Kominterni_Eesti_sektsioon_Moskvas, lk 11
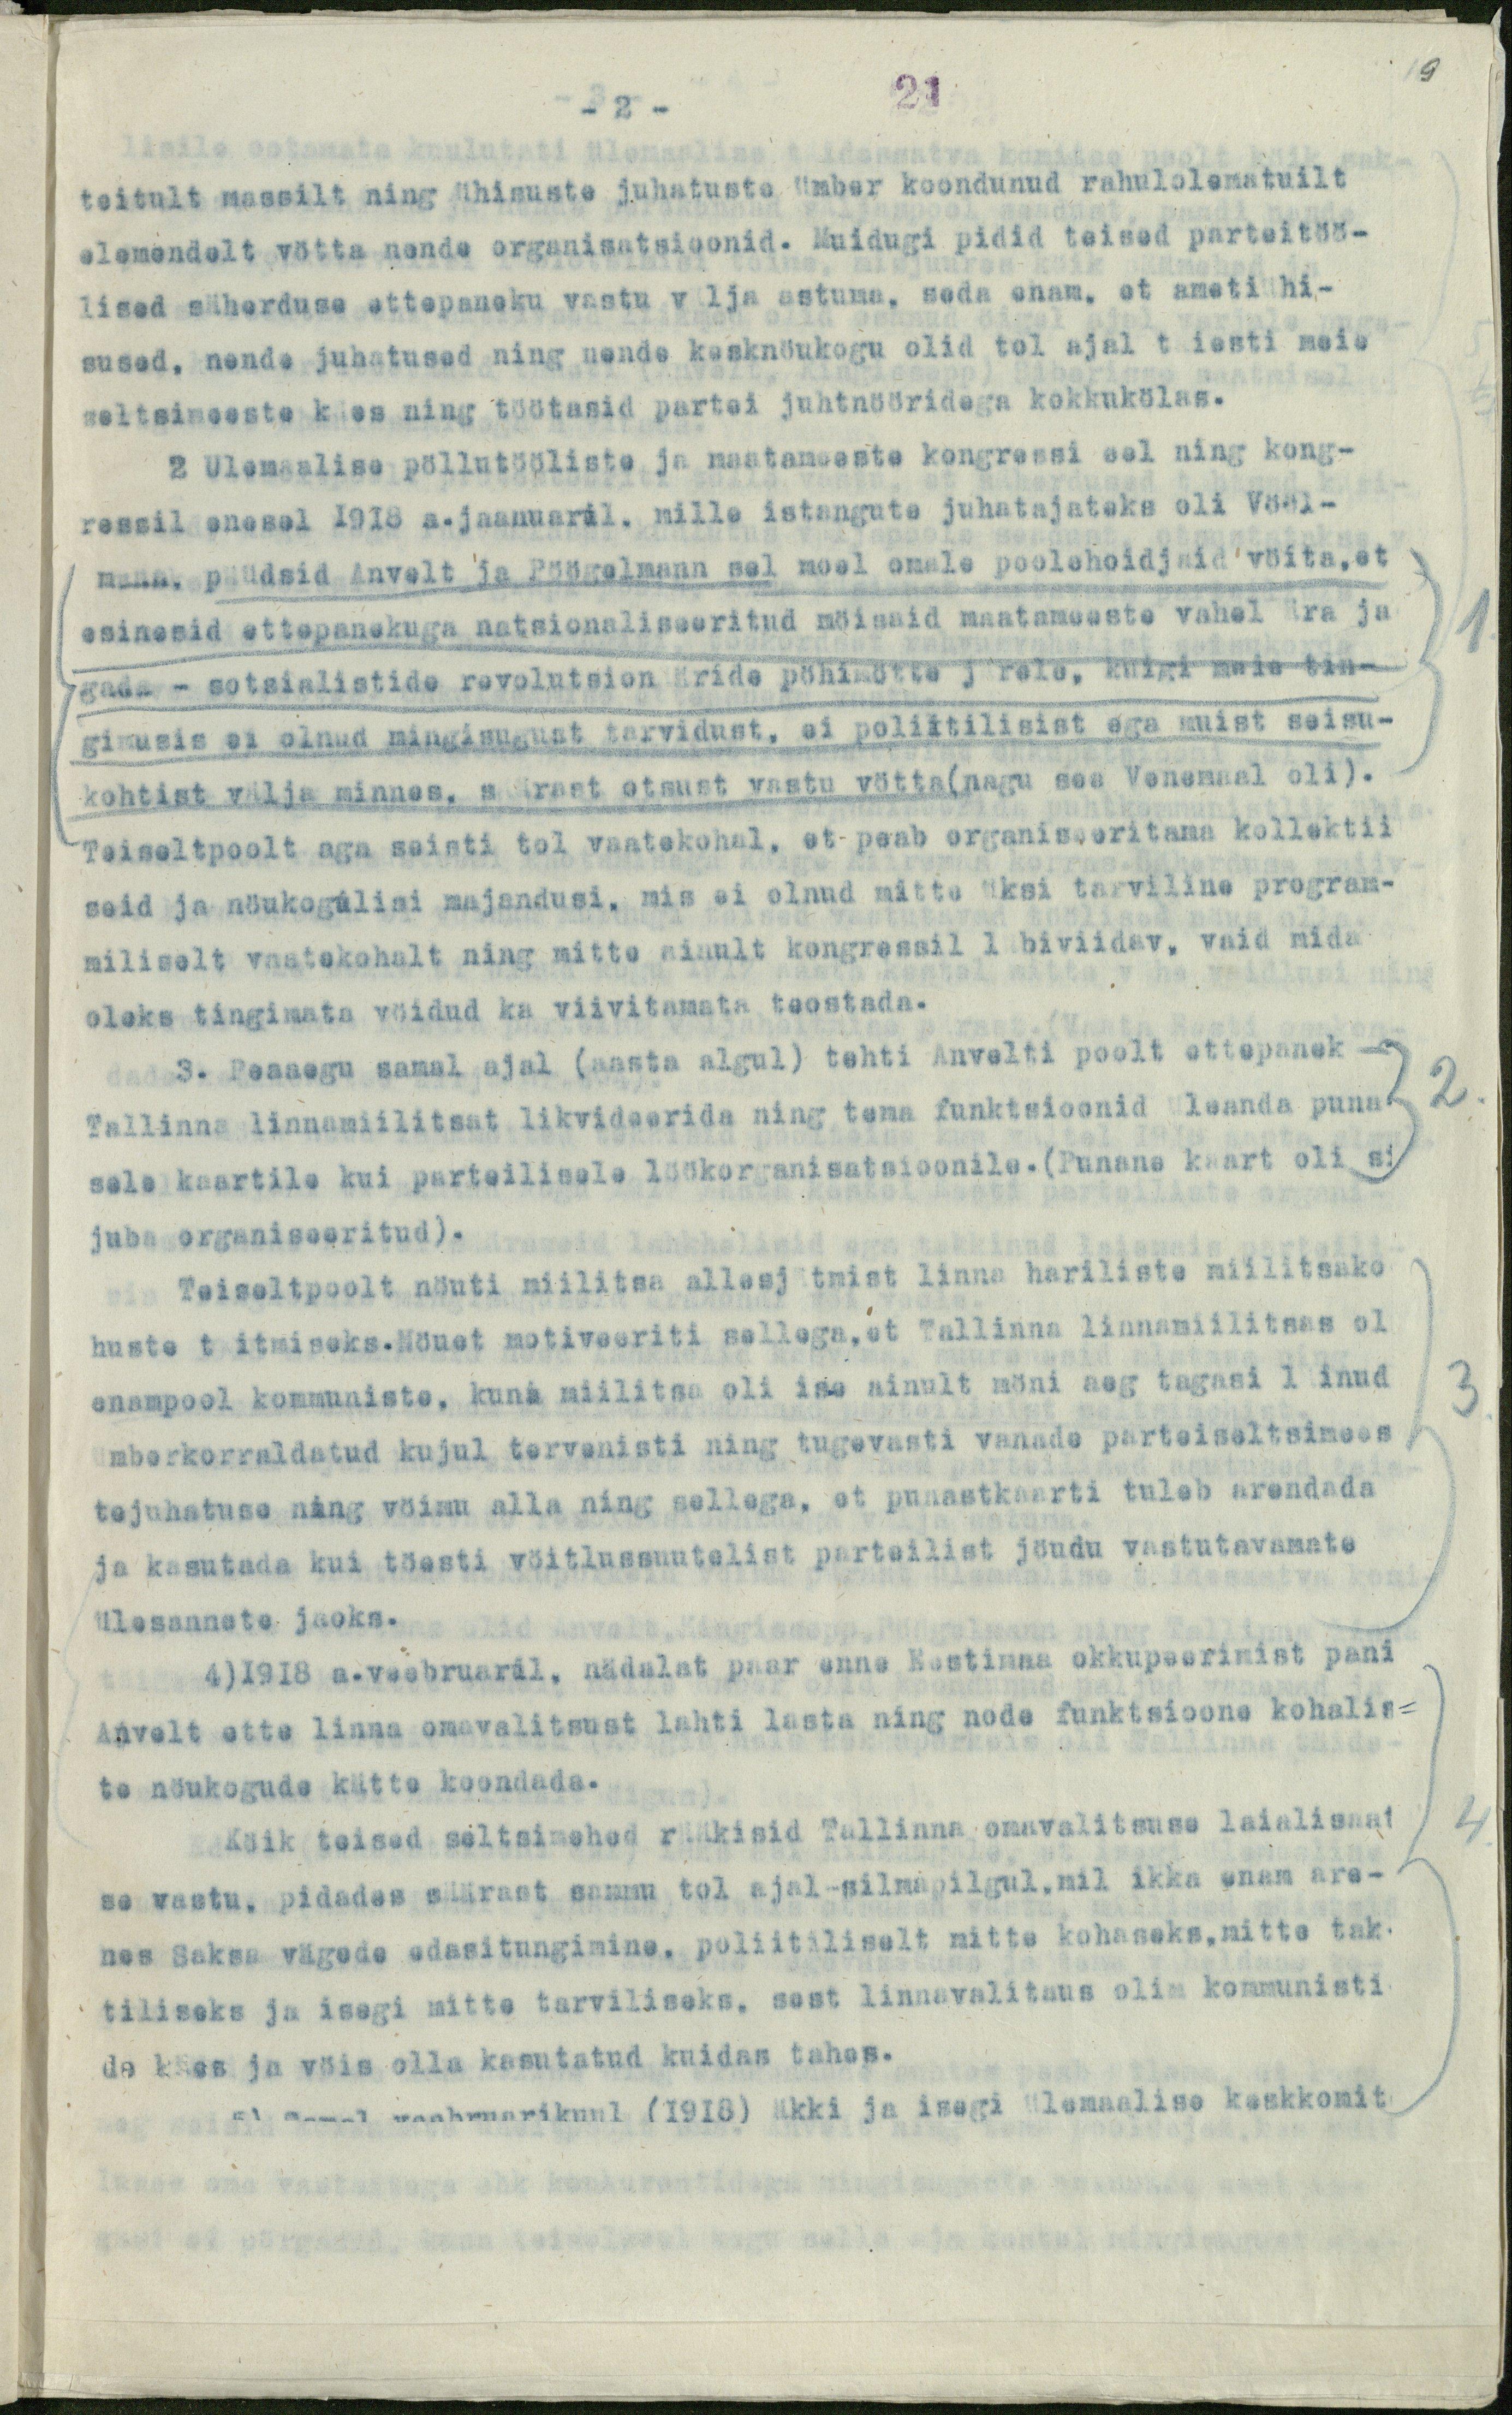
9

21
- 2 -
teitult massilt ning ühisuste juhatuste ümber koondunud rahulolematuilt
elemendelt vötta nende organisatsioonid. Muidugi pidid teised parteitöö-
lised säherduse ettepaneku vastu välja astuma, seda enam, et ametiühi-
sused, nende juhatused ning nende kesknöukogu olid tol ajal täesti meie
seltsimeeste käes ning töötasid partei juhtnööridega kokkukölas.
2 Ulemaalise pöllutööliste ja maatameeste kongressi eel ning kong-
ressil enesel 1918 a.jaanuaril. mille istangute juhatajateks oli Vööl-
mann, püüdsid Anvelt ja Pöögelmann sel moel omale poolehoidjaid vöita, et
esinesid ettepanekuga natsionaliseeritud möisaid maatameeste vahel ära ja
gada - sotsialistide revolutsionääride pöhimötte järele, kuigi neis tin-
gimusis ei olnud mingisugust tarvidust, ei poliitilisist ega muist seisu-
kohtist välja minnes, säärast otsust vastu vötta(nagu see Venemaal oli).
Teiseltpoolt aga seisti tol vaatekohal, et peab organiseeritama kollektii-
seid ja nöukogulisi majandusi, mis ei olnud mitte üksi tarviline program-
miliselt vaatekohalt ning mitte ainult kongressil läbiviidav, vaid mida
oleks tingimata vöidud ka viivitamata teostada.
3. Peaaegu samal ajal (aasta algul) tehti Anvelti poolt ettepanek -
Tallinna linnamiilitsat likvideerida ning tema funktsioonid üleanda puna-
sele kaartile kui parteilisele löökorganisatsioonile. (Punane kaart oli si
juba organiseeritud).
Teiseltpoolt nöuti miilitsa allesjätmist linna hariliste miilitsako
huste täitmiseks.Nöuet motiveeriti sellega, et Tallinna linnamiilitsas ol
enampool kommuniste, kuna miilitsa oli ise ainult möni aeg tagasi läinud
ümberkorraldatud kujul tervenisti ning tugevasti vanade parteiseltsimees
tejuhatuse ning vöimu alla ning sellega, et punastkaarti tuleb arendada
ja kasutada kui töesti vöitlussuutelist parteilist jöudu vastutavamate
ülesannete jaoks.
4)1918 a.veebruaril, nädalat paar enne Eestimaa okkupeerimist pani
Anvelt ette linna omavalitsust lahti lasta ning nede funktsioone kohalis-
te nöukogude kätte koondada.
Köik teised seltsimehed rääkisid Tallinna omavalitsuse laialisaat
se vastu, pidades säärast sammu tol ajal-silmapilgul,mil ikka enam are-
nes Saksa vägede edasitungimine, poliitiliselt mitte kohaseks,mitte tak-
tiliseks ja isegi mitte tarviliseks, sest linnavalitsus oli kommunisti
de käes ja vöis olla kasutatud kuidas tahas.
5) Samal veebruarikuul (1918) äkki ja isegi ülemaalise keskkomit